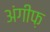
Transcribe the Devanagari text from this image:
अंगीफ़